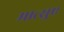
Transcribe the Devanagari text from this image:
मात्सुए